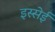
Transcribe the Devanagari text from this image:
इस्सेई